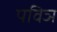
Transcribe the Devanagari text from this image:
पविञ